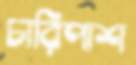
চারিপাশ